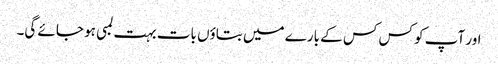
اور آپ کو کس کس کے بارے میں بتاؤں بات بہت لمبی ہو جائے گی۔